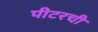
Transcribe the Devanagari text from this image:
पीटरची